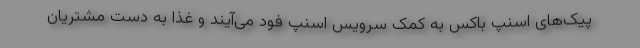
پیک‌های اسنپ باکس به کمک سرویس اسنپ فود می‌آیند و غذا به دست مشتریان